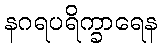
နဂရပရိက္ခာရေန